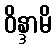
ဝိန္ဒာမိ